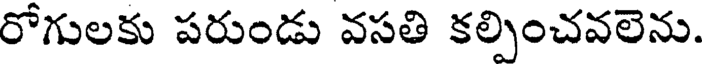
రోగులకు పరుండు వసతి కల్పించవలెను.